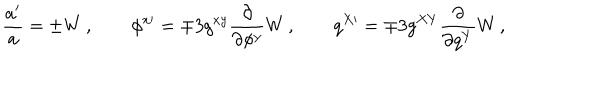
\frac { a ^ { \prime } } { a } = \pm W \, , \qquad \phi ^ { x \prime } = \mp 3 g ^ { x y } \frac { \partial } { \partial \phi ^ { y } } W \, , \qquad q ^ { X \prime } = \mp 3 g ^ { X Y } \frac { \partial } { \partial q ^ { Y } } W \, ,